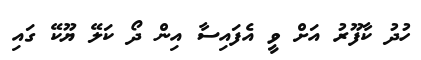
ހުދު ކާފޫރު އަށް ވީ އެފައިސާ އިން ދޯ ކަލޭ ޔޫކޭ ގައި